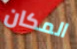
المكان